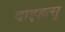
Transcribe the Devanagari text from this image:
दाइहत्सु